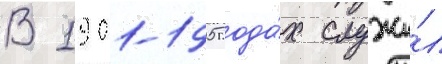
В 1901-1905 года́х служи́л